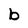
Character: b